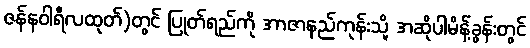
ဇန်နဝါရီလထုတ်)တွင် ပြုတ်ရည်ကို အာဇာနည်ကုန်းသို့ အဆိုပါမိန့်ခွန်းတွင်